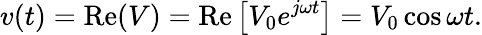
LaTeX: v(t)=\mathrm{Re}(V)=\mathrm{Re}\left[V_{0}e^{j\omega t}\right]=V_{0}\cos\omega t.